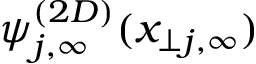
\psi _ { j , \infty } ^ { ( 2 D ) } ( x _ { \perp j , \infty } )